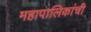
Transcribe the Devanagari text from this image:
महापालिकांची